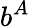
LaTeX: b^{A}